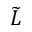
\widetilde { L }